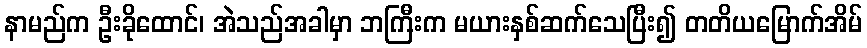
နာမည်က ဦးခိုထောင်၊ အဲသည်အခါမှာ ဘကြီးက မယားနှစ်ဆက်သေပြီး၍ တတိယမြောက်အိမ်